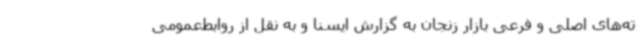
ته‌های اصلی و فرعی بازار زنجان به گزارش ایسنا و به نقل از روابط‌عمومی